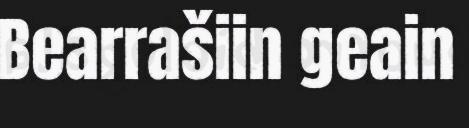
Bearrašiin geain